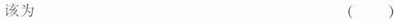
该为 ( )